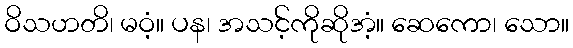
ဝိသဟတိ၊ မဝံ့။ ပန၊ အသင့်ကိုဆိုအံ့။ ဆေကော၊ သော။